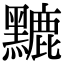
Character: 𪒏